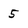
Character: 5